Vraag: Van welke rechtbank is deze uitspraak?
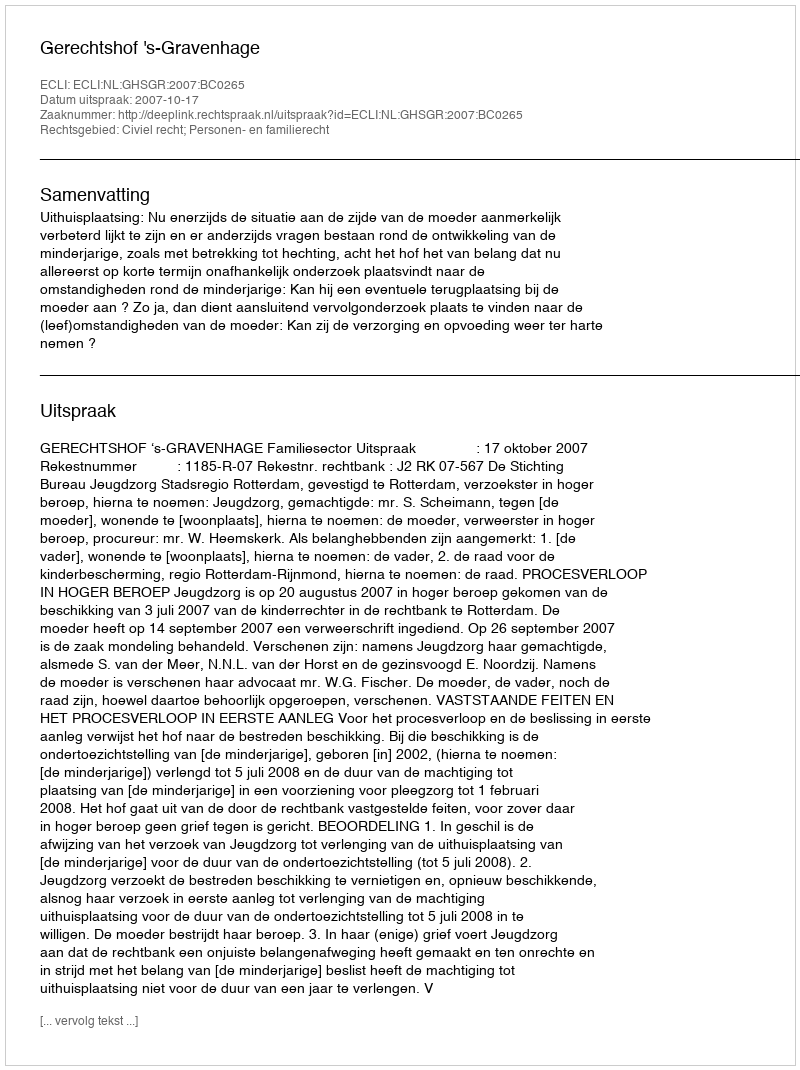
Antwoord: Gerechtshof 's-Gravenhage